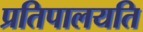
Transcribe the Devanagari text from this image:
प्रतिपालयति